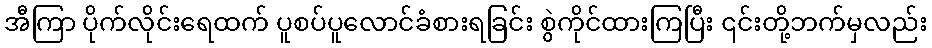
အီကြာ ပိုက်လိုင်းရေထက် ပူစပ်ပူလောင်ခံစားရခြင်း စွဲကိုင်ထားကြပြီး ၎င်းတို့ဘက်မှလည်း